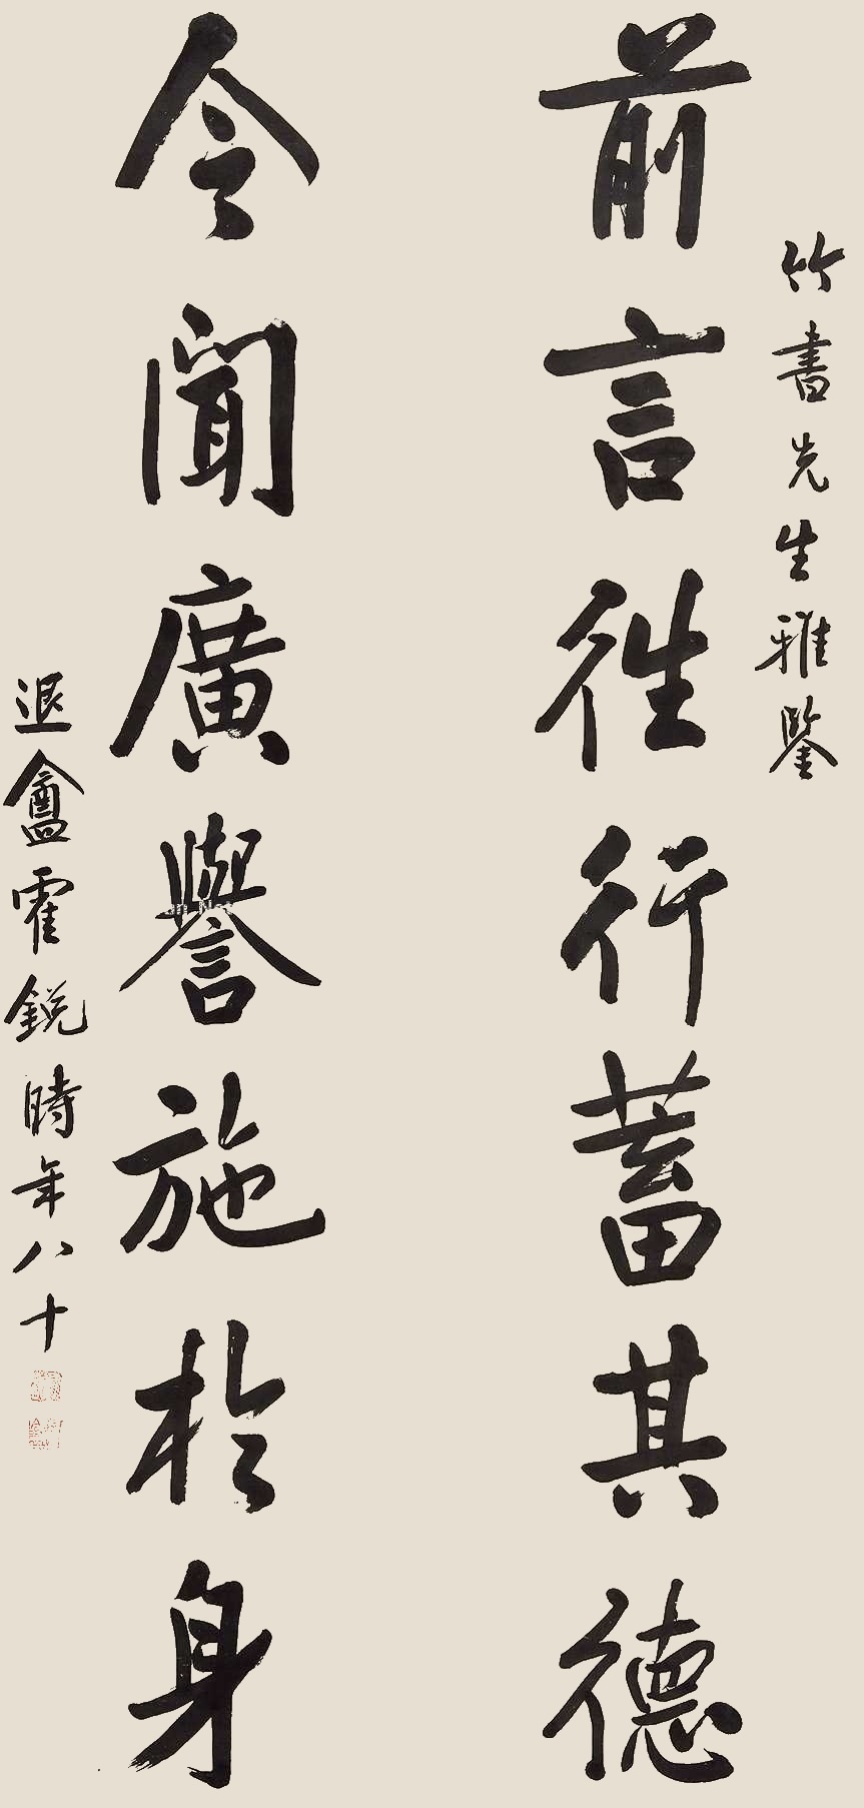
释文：前言往行蓄其德，今闻广誉施于身。竹书先生雅鉴，退盦霍锐时年八十。